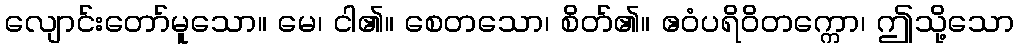
လျောင်းတော်မူသော။ မေ၊ ငါ၏။ စေတသော၊ စိတ်၏။ ဧဝံပရိဝိတက္ကော၊ ဤသို့သော